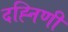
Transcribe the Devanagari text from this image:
दह्निणी